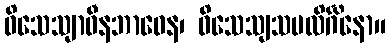
ဝိသေသျာဓီနဘာဝေန၊ ဝိသေသျသမလိင်္ဂိနော။